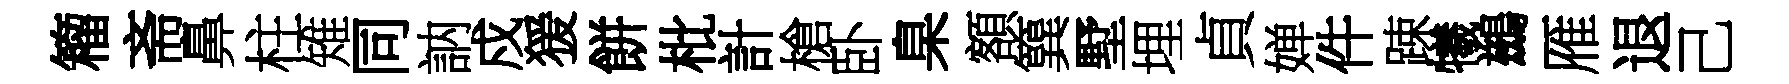
籕斋鼻柱雉同訥戍猨餅枇計槍卧臬額簨墅埋貞婵件踈犧鷀雁退己